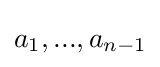
a_{1},...,a_{n-1}